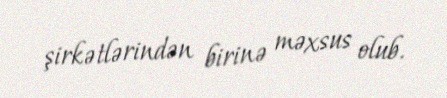
şirkətlərindən birinə məxsus olub.